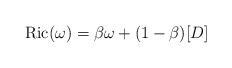
LaTeX: \begin{align*}{\rm Ric}(\omega)=\beta \omega+(1-\beta)[D]\end{align*}